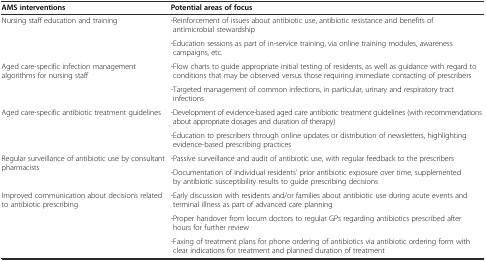
<table><thead><tr><td><b>AMS interventions</b></td><td><b>Potential areas of focus</b></td></tr></thead><tbody><tr><td rowspan="2">Nursing staff education and training</td><td>-Reinforcement of issues about antibiotic use, antibiotic resistance and benefits of antimicrobial stewardship</td></tr><tr><td>-Education sessions as part of in-service training, via online training modules, awareness campaigns, etc.</td></tr><tr><td rowspan="2">Aged care-specific infection management algorithms for nursing staff</td><td>-Flow charts to guide appropriate initial testing of residents, as well as guidance with regard to conditions that may be observed versus those requiring immediate contacting of prescribers</td></tr><tr><td>-Targeted management of common infections, in particular, urinary and respiratory tract infections</td></tr><tr><td rowspan="2">Aged care-specific antibiotic treatment guidelines</td><td>-Development of evidence-based aged care antibiotic treatment guidelines (with recommendations about appropriate dosages and duration of therapy)</td></tr><tr><td>-Education to prescribers through online updates or distribution of newsletters, highlighting evidence-based prescribing practices</td></tr><tr><td rowspan="2">Regular surveillance of antibiotic use by consultant pharmacists</td><td>-Passive surveillance and audit of antibiotic use, with regular feedback to the prescribers</td></tr><tr><td>-Documentation of individual residents’ prior antibiotic exposure over time, supplemented by antibiotic susceptibility results to guide prescribing decisions</td></tr><tr><td rowspan="2">Improved communication about decisions related to antibiotic prescribing</td><td>-Early discussion with residents and/or families about antibiotic use during acute events and terminal illness as part of advanced care planning</td></tr><tr><td>-Proper handover from locum doctors to regular GPs regarding antibiotics prescribed after hours for further review</td></tr><tr><td></td><td>-Faxing of treatment plans for phone ordering of antibiotics via antibiotic ordering form with clear indications for treatment and planned duration of treatment</td></tr></tbody></table>